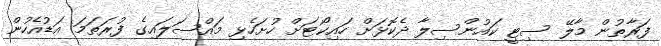
ފަރާތުން މާލޭ ސިޓީ ކައުންސިލާ ދެކޮޅަށް ހައިކޯޓަށް ހުށަހެޅި މައްސަލައިގެ ފުރަތަމަ އަޑުއެހުން